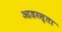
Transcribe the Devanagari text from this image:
आडरस्ता